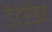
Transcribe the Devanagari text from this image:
डेट्रॅइट